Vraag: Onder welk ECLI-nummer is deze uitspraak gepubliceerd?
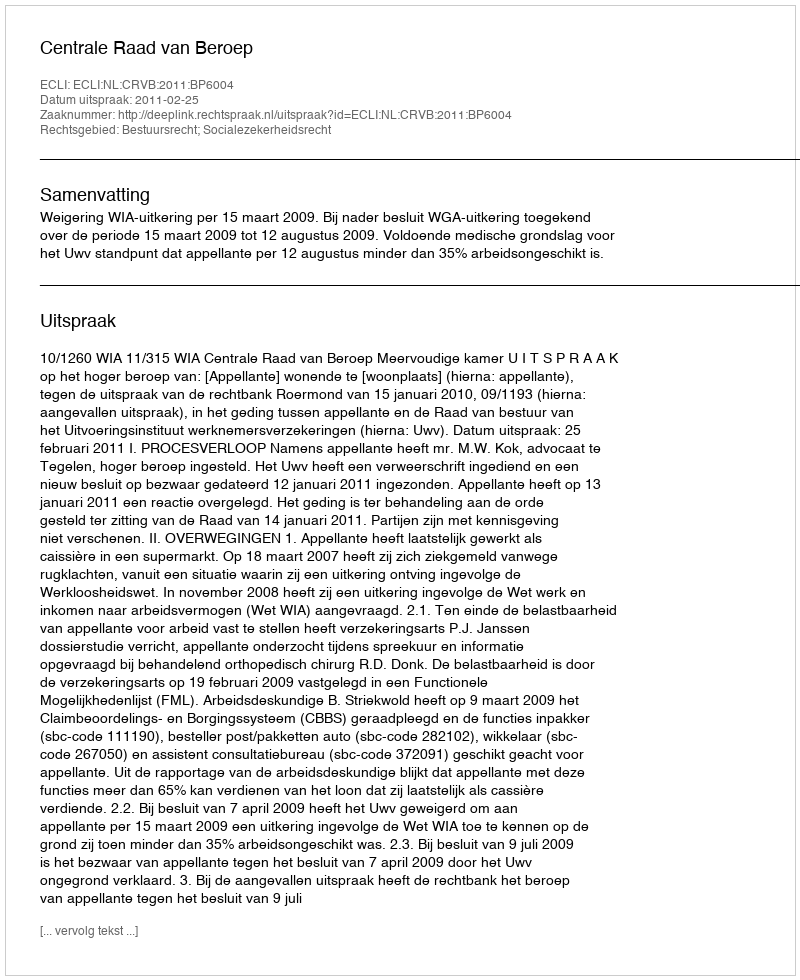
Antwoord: ECLI:NL:CRVB:2011:BP6004